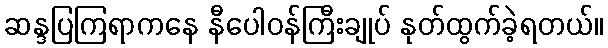
ဆန္ဒပြကြရာကနေ နီပေါဝန်ကြီးချုပ် နုတ်ထွက်ခဲ့ရတယ်။